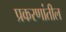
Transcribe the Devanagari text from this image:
प्रकरणांतील